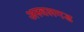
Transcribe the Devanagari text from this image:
अस्वलगड